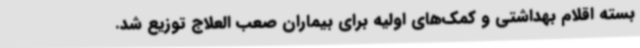
بسته اقلام بهداشتی و کمک‌های اولیه برای بیماران صعب العلاج توزیع شد.